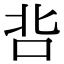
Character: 𭇑